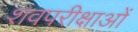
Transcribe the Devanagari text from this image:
शवपरीक्षाओं